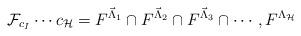
LaTeX: \begin{align*}\mathcal{F}_{c_{I}}\cdots c_{\mathcal{H}} =F^{\vec{\Lambda}_{1}}\cap F^{\vec{\Lambda}_{2}}\cap F^{\vec{\Lambda}_{3}}\cap\cdots,F^{\Lambda_{\mathcal{H}}}\end{align*}